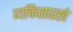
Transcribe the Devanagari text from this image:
व्यक्तिसारखे